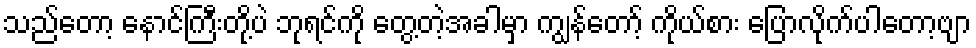
သည်တော့ နောင်ကြီးတို့ပဲ ဘုရင်ကို တွေ့တဲ့အခါမှာ ကျွန်တော့် ကိုယ်စား ပြောလိုက်ပါတော့ဗျာ